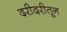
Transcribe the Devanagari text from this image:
दरीदरीतून